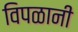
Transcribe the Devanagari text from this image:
विपळानी